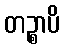
တဉ္စာပိ